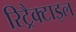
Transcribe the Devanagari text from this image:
रिट्रैक्टाइल